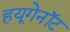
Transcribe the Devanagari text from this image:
हयूगेनॉट